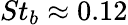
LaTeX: St_{b}\approx 0.12